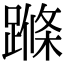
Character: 𨃜